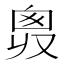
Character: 𠭛